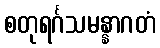
စတုရင်္ဂသမန္နာဂတံ